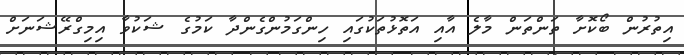
އިތުރުން ބޯކޮށާ ތަންތަން މާލެ އާއި އަތޮޅުތަކުގައި ހިންގަމުންގެންދާ ކަމުގެ ޝަކުވާ އިމިގްރޭޝަނަށް